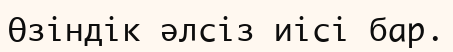
Өзіндік әлсіз иісі бар.